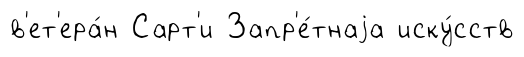
в'ет'ера́н Сарт'и Запр'е́тнаjа иску́сств